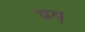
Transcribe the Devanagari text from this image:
प्रवृ